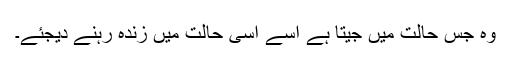
وہ جس حالت میں جیتا ہے اُسے اُسی حالت میں زندہ رہنے دیجئے۔